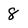
Character: 8